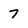
Character: 7